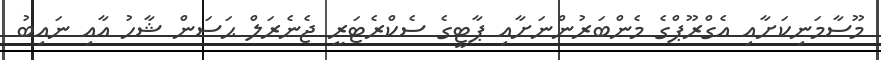
މޫސާމަނިކަށާއި އެގްރޫޕްގެ މެންބަރުންނަށާއި ޕާޓީގެ ސެކްރެޓަރީ ޖެނެރަލް ޙަސަން ޝާހު އާއި ނައިބު